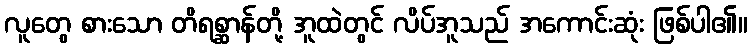
လူတွေ စားသော တိရစ္ဆာန်တို့ အူထဲတွင် လိပ်အူသည် အကောင်းဆုံး ဖြစ်ပါ၏။